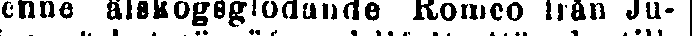
denne älskogsglödande Romeo från Ju-